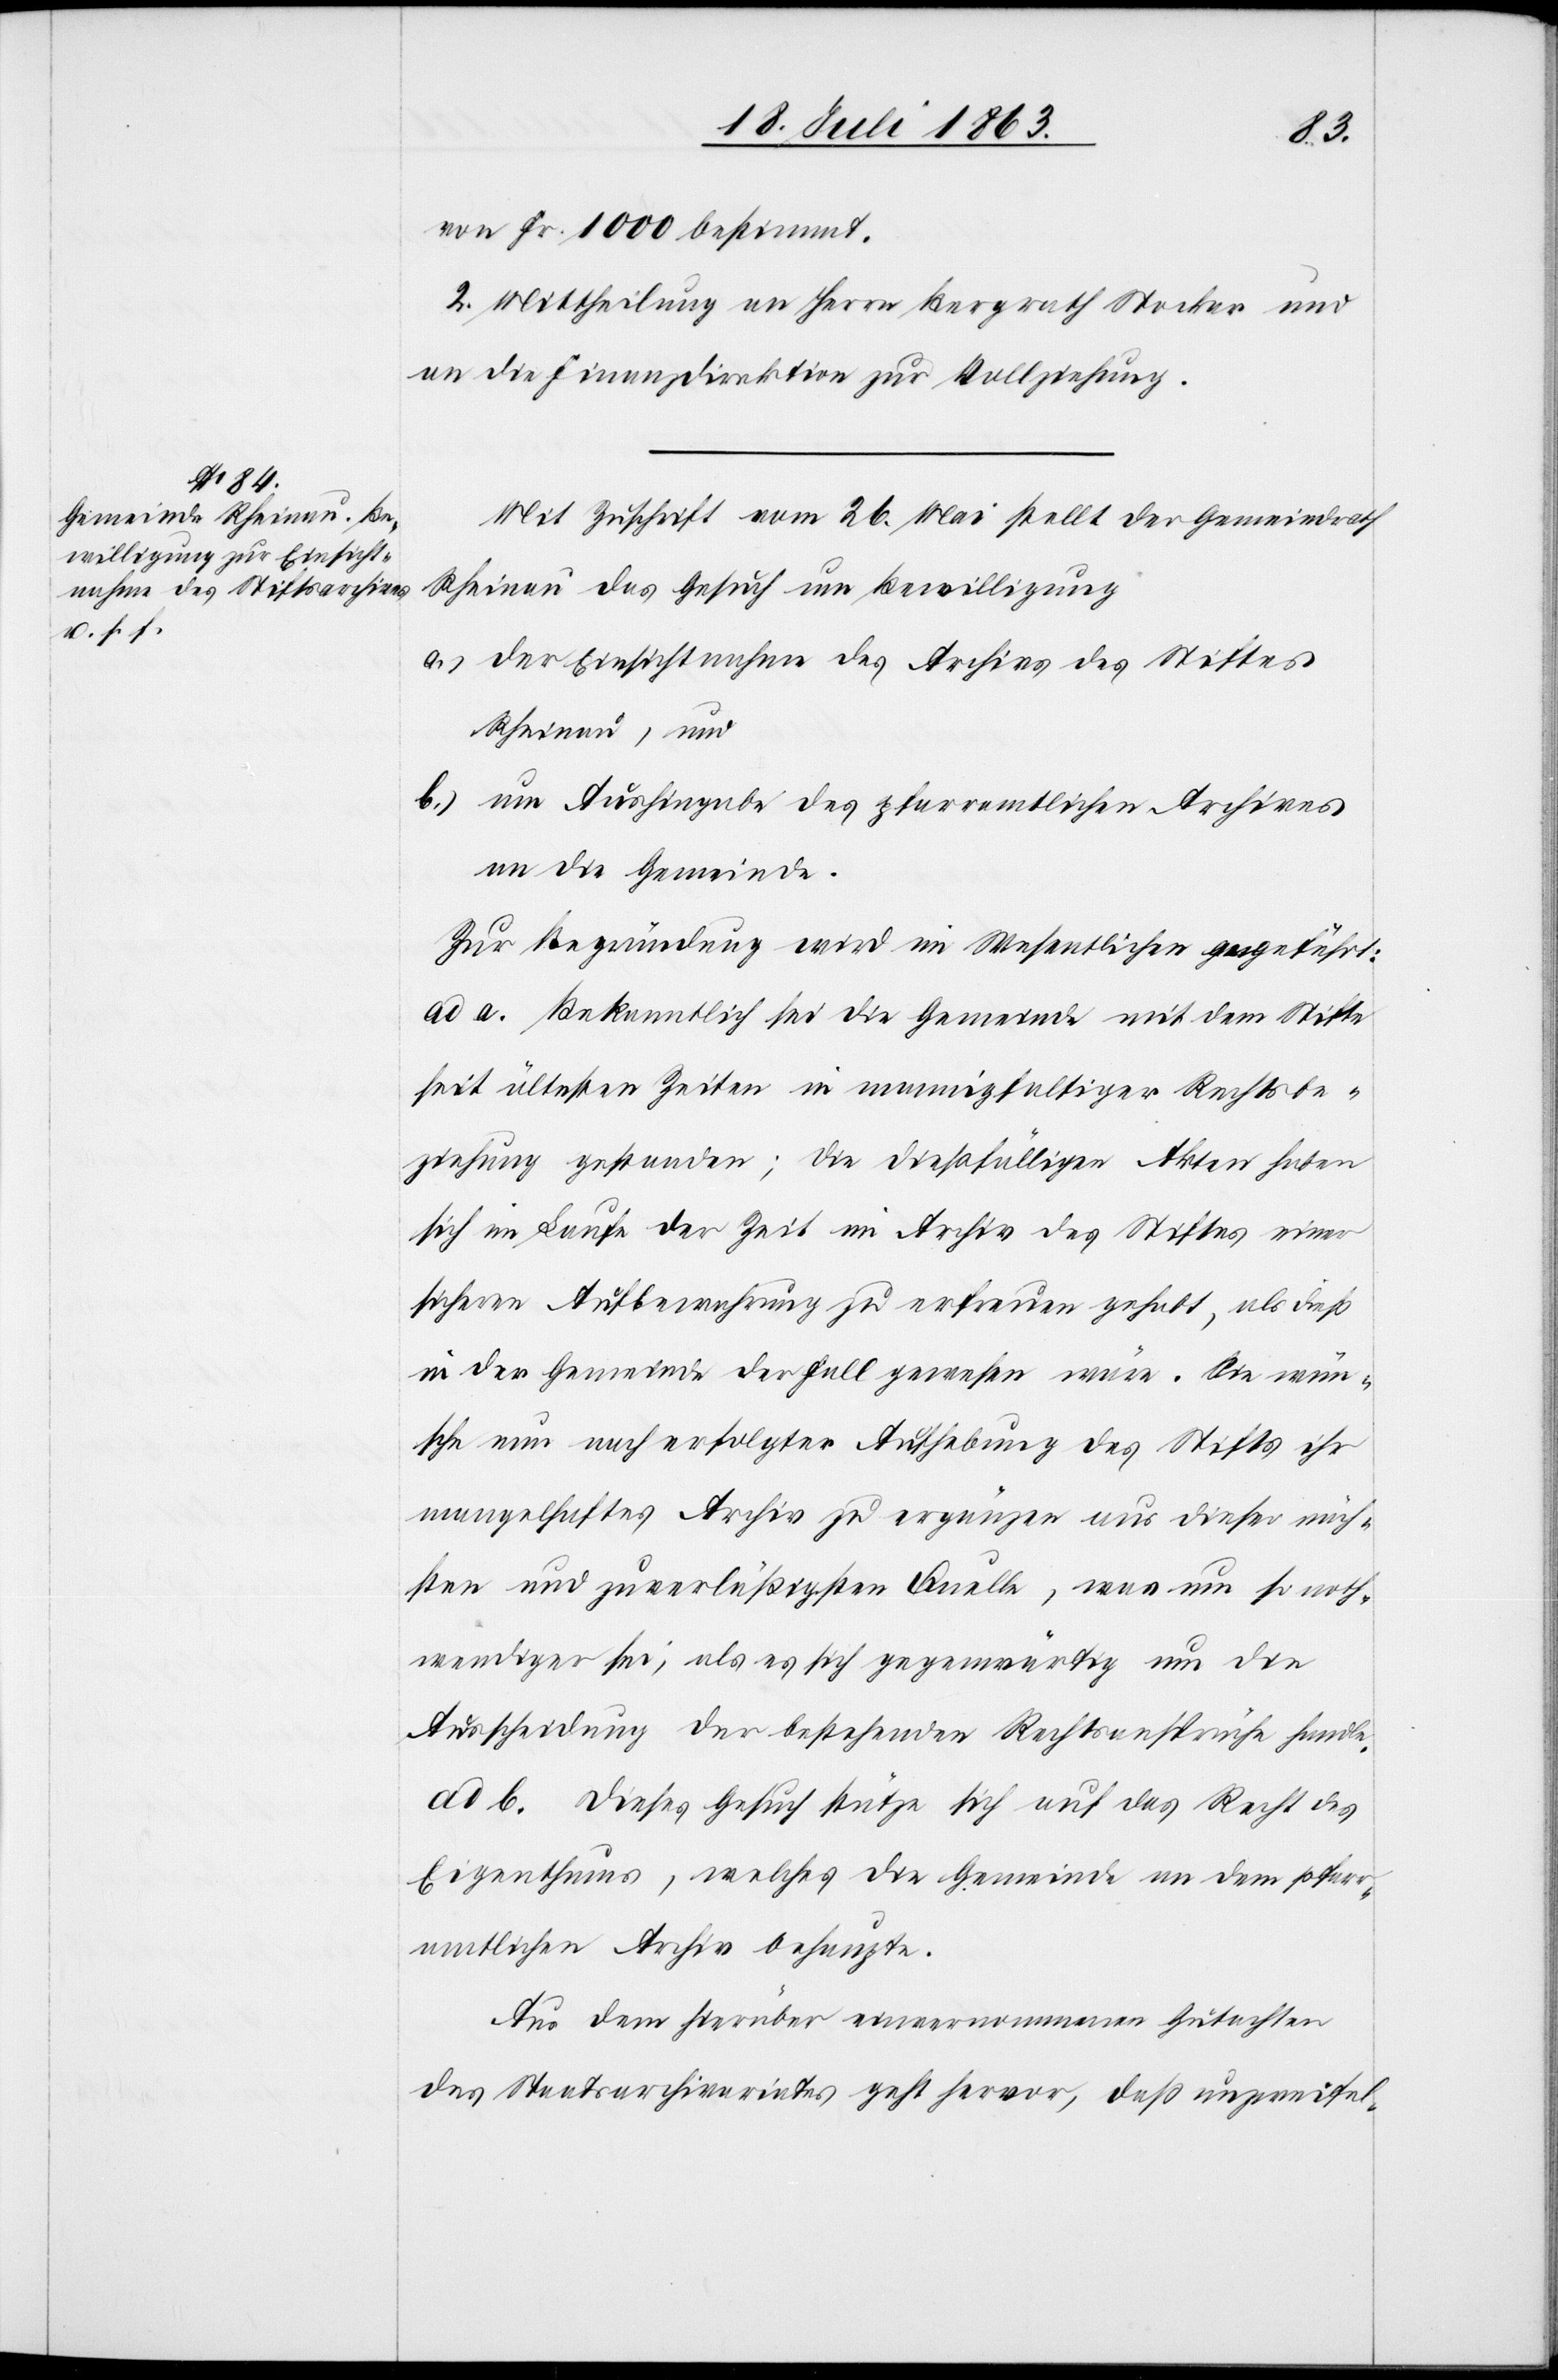
von Fr. 1000 bestimmt.
2. Mittheilung an Herrn Bergrath Stockar und
an die Finanzdirektion zur Vollziehung.
Mit Zuschrift vom 26. Mai stellt der Gemeindrath
Rheinau das Gesuch um Bewilligung
a.) der Einsichtnahme des Archives des Stiftes
Rheinau, und
b.) um Aushingabe des pfarramtlichen Archives
an die Gemeinde.
Zur Begründung wird im Wesentlichen angeführt:
ad a. Bekanntlich sei die Gemeinde mit dem Stifte
seit ältesten Zeiten in mannigfaltiger Rechtsbe¬
ziehung gestanden; die dießfälligen Akten haben
sich im Laufe der Zeit im Archiv des Stiftes einer
sicheren Aufbewahrung zu erfreuen gehabt, als dieß
in der Gemeinde der Fall gewesen wäre. Sie wün¬
sche nun nach erfolgter Aufhebung des Stifts ihr
mangelhaftes Archiv zu ergänzen aus dieser näch¬
sten und zuverläßigsten Quelle, was um so noth¬
wendiger sei, als es sich gegenwärtig um die
Ausscheidung der bestehenden Rechtsansprüche handle.
ad b. Dieses Gesuch stütze sich auf das Recht des
Eigenthums, welches die Gemeinde an dem pfarr¬
amtlichen Archiv behaupte.
Aus dem hierüber einvernommenen Gutachten
des Staatsarchiv geht hervor, daß unzweifel-